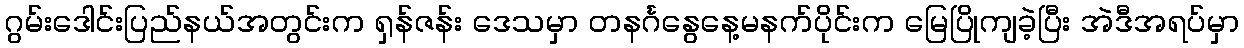
ဂွမ်းဒေါင်းပြည်နယ်အတွင်းက ရှန်ဇန်း ဒေသမှာ တနင်္ဂနွေနေ့မနက်ပိုင်းက မြေပြိုကျခဲ့ပြီး အဲဒီအရပ်မှာ